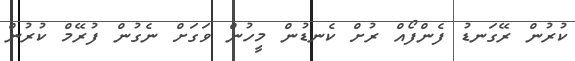
ކުރުން ރޭގަނޑު ފެންފޯއް ރުށް ކެނޑުން މީހުން ވަގަށް ނެގުން ފުރޭމް ކުރުން